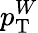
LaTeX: p_{\mathrm{T}}^{W}